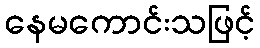
နေမကောင်းသဖြင့်